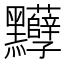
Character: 𪓈